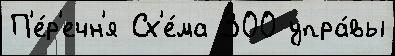
П'е́р'ечн'я Сх'е́ма 300 упра́вы